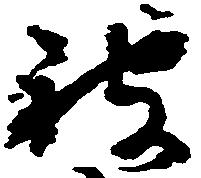
被